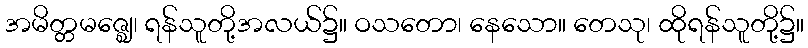
အမိတ္တမဇ္ဈေ၊ ရန်သူတို့အလယ်၌။ ဝသတော၊ နေသော။ တေသု၊ ထိုရန်သူတို့၌။